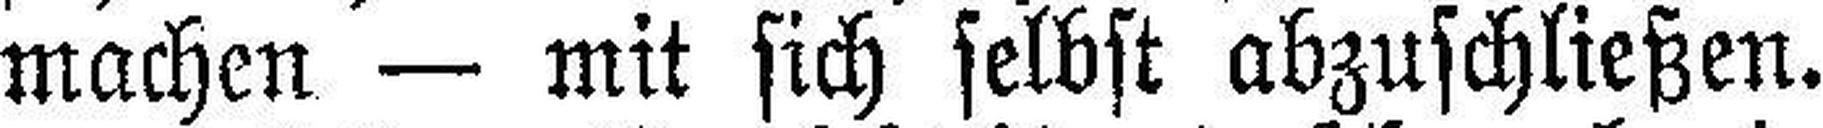
machen — mit sich selbst abzuschließen.